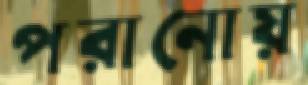
পরানোয়